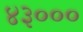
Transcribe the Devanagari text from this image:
४३०००